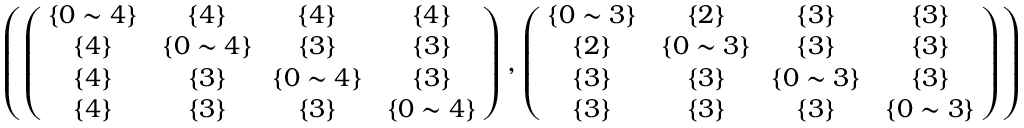
\begin{array} { r } { \small { \left( \left( \! \! \begin{array} { c c c c } { \{ 0 \sim 4 \} } & { \{ 4 \} } & { \{ 4 \} } & { \{ 4 \} } \\ { \{ 4 \} } & { \! \{ 0 \sim 4 \} \! } & { \{ 3 \} } & { \{ 3 \} } \\ { \{ 4 \} } & { \{ 3 \} } & { \! \{ 0 \sim 4 \} \! } & { \{ 3 \} } \\ { \{ 4 \} } & { \{ 3 \} } & { \{ 3 \} } & { \{ 0 \sim 4 \} } \end{array} \! \! \right) , \left( \! \! \begin{array} { c c c c } { \{ 0 \sim 3 \} } & { \{ 2 \} } & { \{ 3 \} } & { \{ 3 \} } \\ { \{ 2 \} } & { \! \{ 0 \sim 3 \} \! } & { \{ 3 \} } & { \{ 3 \} } \\ { \{ 3 \} } & { \{ 3 \} } & { \! \{ 0 \sim 3 \} \! } & { \{ 3 \} } \\ { \{ 3 \} } & { \{ 3 \} } & { \{ 3 \} } & { \{ 0 \sim 3 \} } \end{array} \! \! \right) \right) } } \end{array}